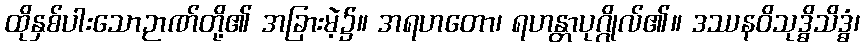
ထိုနှစ်ပါးသောဉာဏ်တို့၏ အခြားမဲ့၌။ အရဟတော၊ ရဟန္တာပုဂ္ဂိုလ်၏။ ဒဿနဝိသုဒ္ဓိသိဒ္ဓံ၊